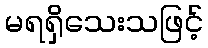
မရရှိသေးသဖြင့်